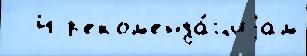
  4 р'еком'енда́циjам